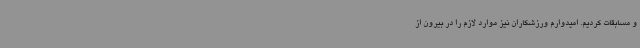
و مسابقات کردیم. امیدوارم ورزشکاران نیز موارد لازم را در بیرون از